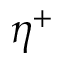
\eta ^ { + }